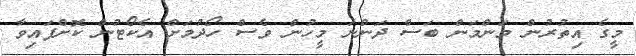
މީގެ އިތުރުން މަންމަން ބަސް ދަންނަ މީހުން ވެސް ހޯދުމަށް އެކޯޓުން ކޮށްފައިވާ